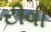
ટીવી